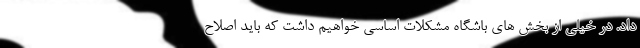
داد. در خیلی از بخش های باشگاه مشکلات اساسی خواهیم داشت که باید اصلاح